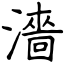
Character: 濇